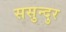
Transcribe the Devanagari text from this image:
ससुन्दुर